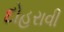
દોહરાવી